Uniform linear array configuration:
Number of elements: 12
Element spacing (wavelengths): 1
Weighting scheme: blackman
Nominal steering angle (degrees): -15
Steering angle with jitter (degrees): -16.537
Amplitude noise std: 0.05
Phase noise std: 0.05

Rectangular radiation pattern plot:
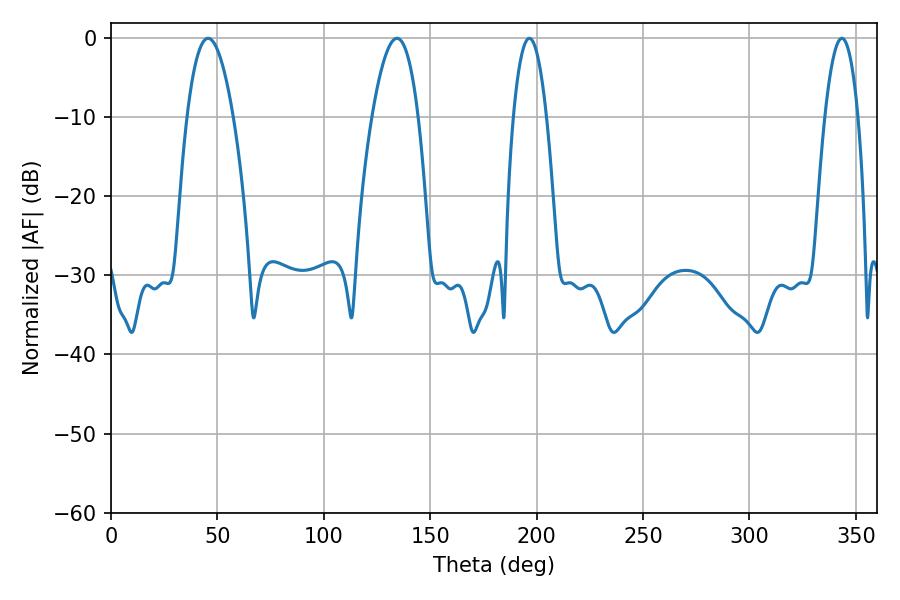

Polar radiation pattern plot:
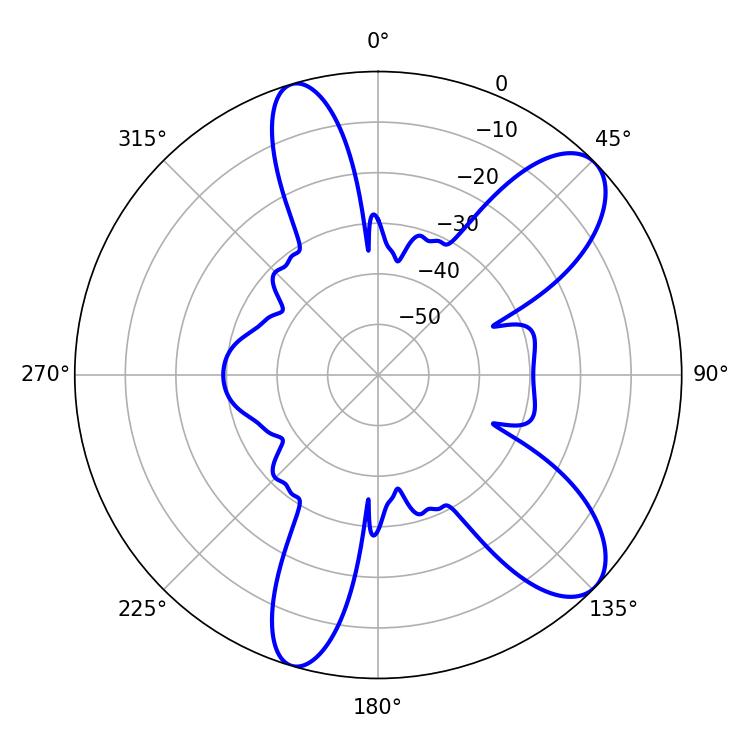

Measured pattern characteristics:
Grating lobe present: TRUE
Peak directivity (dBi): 9.415
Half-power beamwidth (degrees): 8.46
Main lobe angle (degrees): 196.56